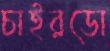
চাইরডো